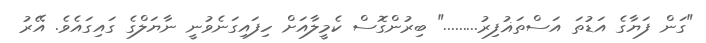
"ގަން ފަޔާގެ އަޑުތަ އަސްތަޣުފިރު........." ބިރުންގޮސް ކެމީލާއަށް ހިފައިގަނެވުނީ ނާޔަލްގެ ގައިގައެވެ. އޭރު